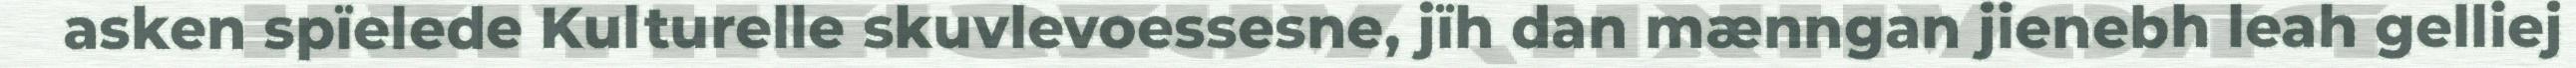
asken spïelede Kulturelle skuvlevoessesne, jïh dan mænngan jienebh leah gelliej